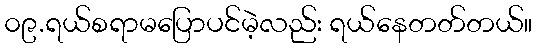
၀၉.ရယ်စရာမပြောပင်မဲ့လည်း ရယ်နေတတ်တယ်။